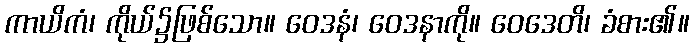
ကာယိကံ၊ ကိုယ်၌ဖြစ်သော။ ဝေဒနံ၊ ဝေဒနာကို။ ဝေဒေတိ၊ ခံစား၏။